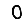
Digit: 0